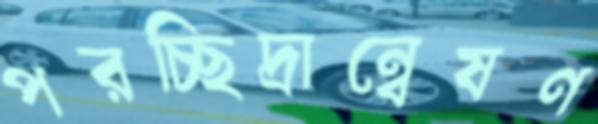
পরচ্ছিদ্রান্বেষণ